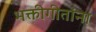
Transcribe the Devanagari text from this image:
भक्तीगीतांना